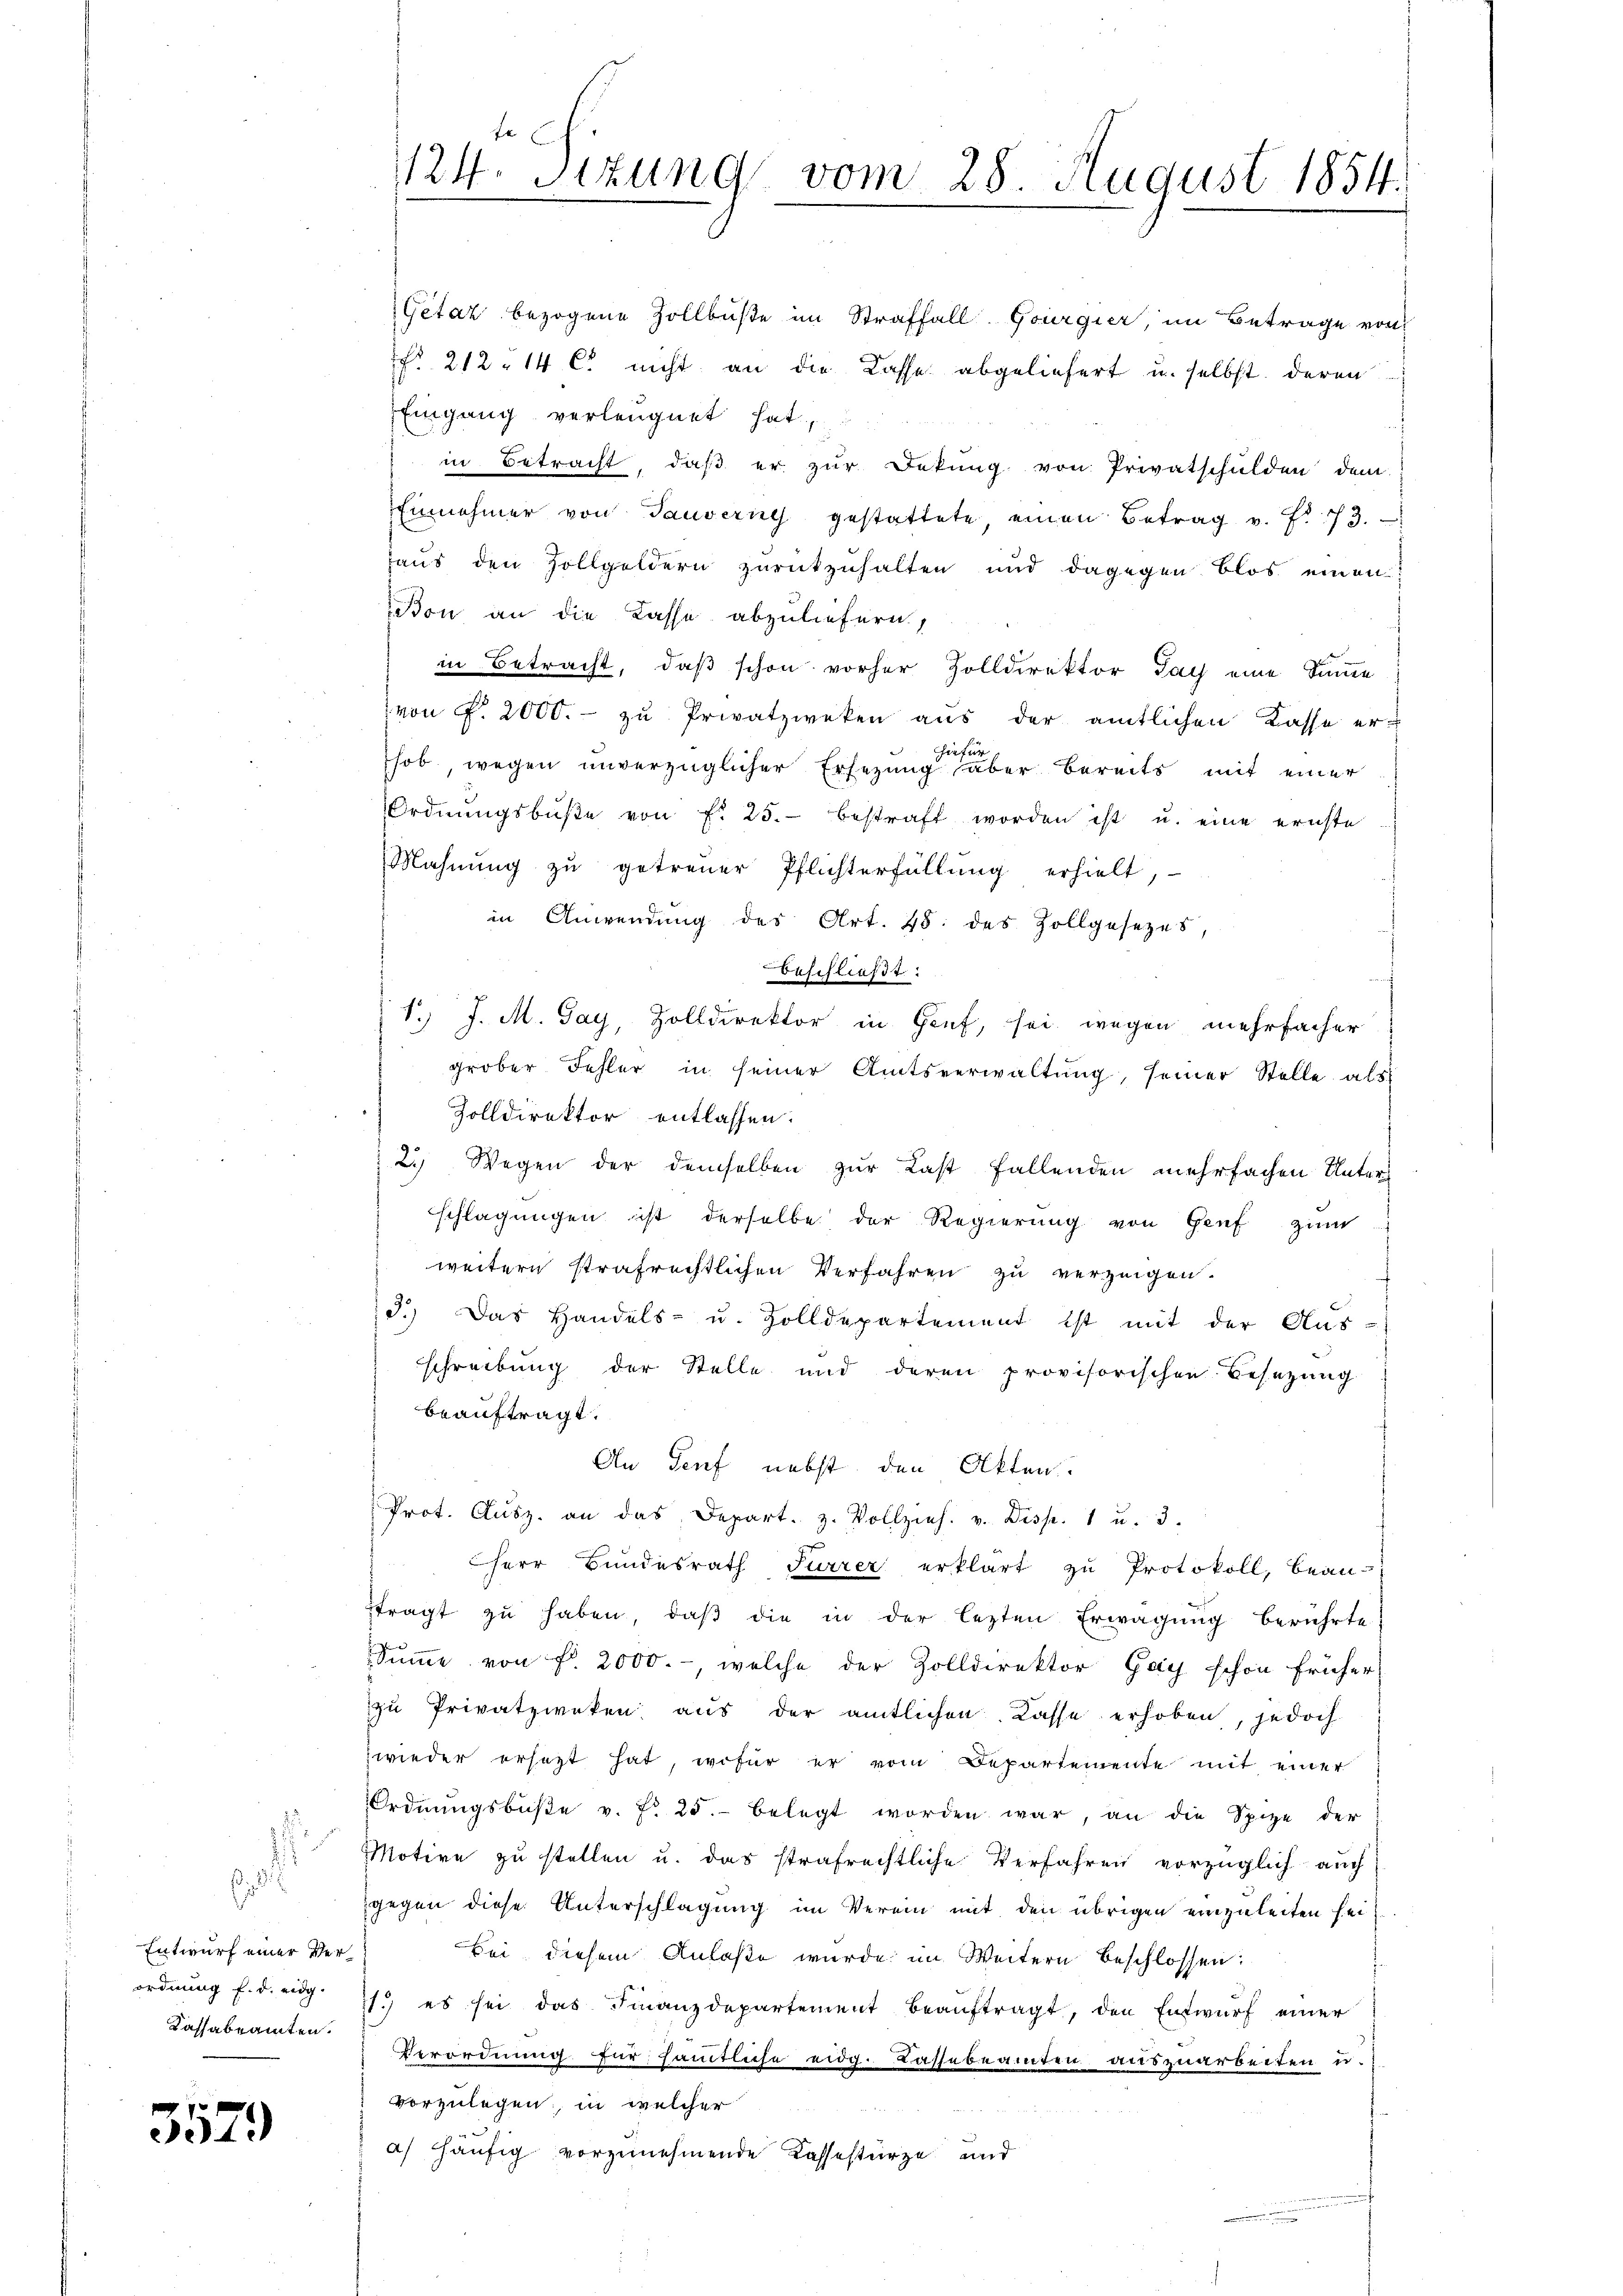
s
Entwurf einer Verordnung f. d. eidg.
Kassabeamten.

3579

1124. Sitzung vom 28. August 1854.
2

Getar bezogene Zollbüßte im Straffall. Gourgier, im Betrage von
f. 212 - 14 C. nicht an die Kasse abgeliefert u. selbst deren
Eingang verleugnet hat,
in Betracht, daß er zur Dekŭng von Privatschulden dem
Einnehmer von Tauverne gestattete, einen Betrag v. f. 73.
haus den Zollgoldern zurückzuhalten und dagegen blos einen
Bon an die Kasse abzuliefern,
in Betracht, daß schon vorher Zolldirektor Tag eine Sinne
von P. 2000.- zŭ Privatzweken aus der amtlichen Kasse erhiefür
hob wegen unverzüglicher Ersezung aber bereits mit einer
Ordnŭngsbüβe von f. 25. bestraft worden ist u. eine ernste
Mahnung zu getreuer Pflichterfüllung erhielt,
in Anwendung des Art. 48 des Zollgesetzes,
beschließt:
1.) J. M. Pay, Zolldirektor in Genf, sei wegen mehrfacher
grober Fehler in seiner Amtsverwaltung, seiner Stelle als
Zolldirektor entlassen.
2. Wegen der demselben zur Last fallenden mehrfachen Unterschlagungen ist derselbe der Regierung von Genf zum
weitern strafrechtlichen Verfahren zu verzeigen.
3.) Das Handels- u. Zolldepartement ist mit der Aus-
schreibung der Stelle und deren provisorischen Besetzung
beauftragt.
An Genf nebst den Akten.
Prot. Aŭsz. an das Depart. 3. Vollzieh. v. Disp. 1 u. 3.
 Herr Bundesrath Furrer erklärt zu Protokoll, bean-
ftragt zu haben, daβ die in der lezten Erwägung berührte
Sŭṁe von f. 2000.-, welche der Zolldirektor Gay schon früher
zu Privatzweken aus der amtlichen Kasse erhoben, jedoch
zwieder ersezt hat, wofür er vom Departemente mit einer
Ordnŭngsbüβe v. fr. 25. belegt worden war, an die Spize der
Motive zu stellen u. das strafrechtliche Verfahren vorzüglich auch
gegen diese Unterschlagung im Verein mit den übrigen einzuleiten sei,
bei diesem Anlaße wurde im Weitern beschlossen:
71.) es sei das Finanzdepartement beaŭftragt, den Entwŭrf einer
Verordnung für sämtliche eidg. Kassebeamten auszuarbeiten u.
vorzulegen, in welcher
a) häufig vorzunehmende Kassestürze und